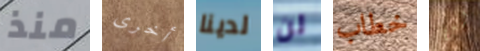
منذ أخرى لدينا لن خطاب لن